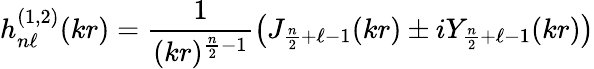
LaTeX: h_{n\ell}^{(1,2)}(kr)=\frac{1}{(kr)^{\frac{n}{2}-1}}\left(J_{\frac{n}{2}+\ell-1}(kr)\pm iY_{\frac{n}{2}+\ell-1}(kr)\right)